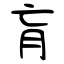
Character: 肓